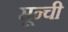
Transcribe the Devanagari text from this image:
सून्ची